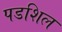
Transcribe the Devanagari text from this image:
पडशिल